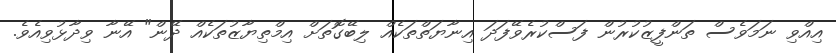
އިއްވި ނަމަވެސް ތަންފީޒުކުރުން ފަސްކުރެވޭފަދަ އިނާޔަތްތަކެއް ލިބޭގޮތަށް އިމްތިޔާޒުތަކެއް ދޭން" އޭނާ ވިދާޅުވިއެވެ.